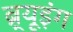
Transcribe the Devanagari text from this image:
ब्र्यूइंग